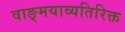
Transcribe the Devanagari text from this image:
वाङ्मयाव्यतिरिक्त